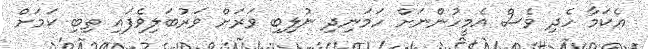
އެކަމާ ހެދި ވެސް އެމީހުންނަށް ހަމަނިދި ނުލިބި ވަރަށް ވަރުބަލިވެފައި ތިބި ކަމަށް